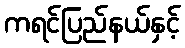
ကရင်ပြည်နယ်နှင့်